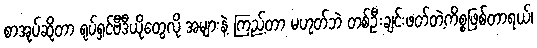
စာအုပ်ဆိုတာ ရုပ်ရှင်ဗီဒီယိုတွေလို အများနဲ့ ကြည့်တာ မဟုတ်ဘဲ တစ်ဦးချင်းဖတ်တဲ့ကိစ္စဖြစ်တာရယ်၊